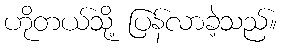
ဟိုတယ်သို့ ပြန်လာခဲ့သည်။